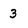
Character: 3